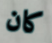
كان